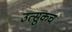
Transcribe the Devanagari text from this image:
उत्सुकच